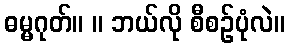
ဓမ္မဂုတ်။ ။ ဘယ်လို စီစဉ်ပုံလဲ။